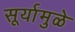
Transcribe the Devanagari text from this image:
सूर्यामुळे